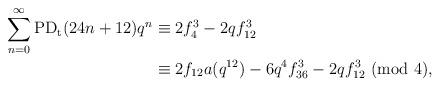
LaTeX: \begin{align*}\sum_{n=0}^{\infty}\textup{PD}_\textup{t}(24n+12)q^n&\equiv 2f_4^3-2qf_{12}^3\\&\equiv2f_{12}a(q^{12})-6q^4f_{36}^3-2qf_{12}^3~(\textup{mod}~4),\end{align*}